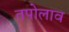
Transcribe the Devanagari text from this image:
तपोलाव